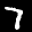
Label: 7